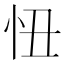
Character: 忸